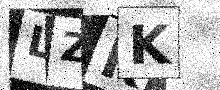
Text: LZKK